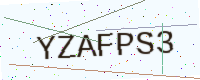
Text: YZAFPS3